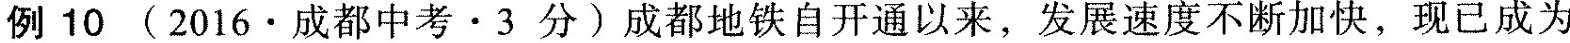
例10(2016·成都中考·3分)成都地铁自开通以来，发展速度不断加快，现已成为成